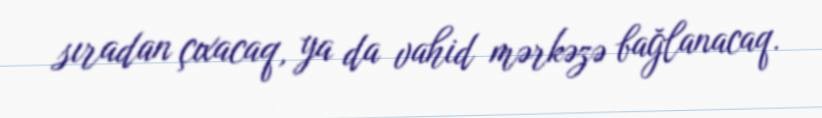
sıradan çıxacaq, ya da vahid mərkəzə bağlanacaq.